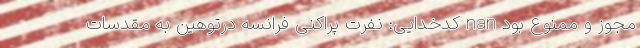
مجوز و ممنوع بود nan کدخدایی: نفرت پراکنی فرانسه درتوهین به مقدسات